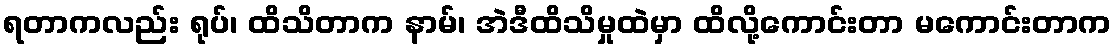
ရတာကလည်း ရုပ်၊ ထိသိတာက နာမ်၊ အဲဒီထိသိမှုထဲမှာ ထိလို့ကောင်းတာ မကောင်းတာက